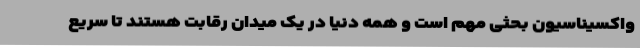
واکسیناسیون بحثی مهم است و همه دنیا در یک میدان رقابت هستند تا سریع